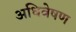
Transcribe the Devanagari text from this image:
अधिवेषण